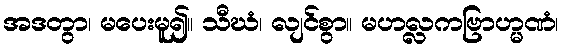
အဒတွာ၊ မပေးမူ၍။ သီဃံ၊ လျင်စွာ။ မဟလ္လကဗြာဟ္မဏံ၊